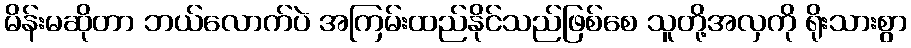
မိန်းမဆိုတာ ဘယ်လောက်ပဲ အကြမ်းထည်နိုင်သည်ဖြစ်စေ သူတို့အလှကို ရိုးသားစွာ